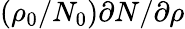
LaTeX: (\rho_{0}/N_{0})\partial N/\partial\rho